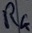
Text: R4